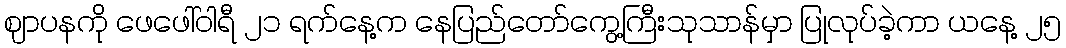
ဈာပနကို ဖေဖေါ်ဝါရီ ၂၁ ရက်နေ့က နေပြည်တော်ကွေ့ကြီးသုသာန်မှာ ပြုလုပ်ခဲ့ကာ ယနေ့ ၂၅